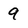
Character: 9